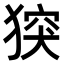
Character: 𤟪